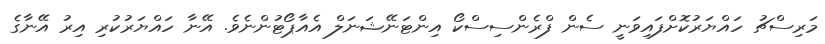
މަރިސްޗު ހައްޔަރުކޮށްފައިވަނީ ސެން ފްރެންސިސްކޯ އިންޓަނޭޝަނަލް އެއާޕޯޓުންނެވެ. އޭނާ ހައްޔަރުކުރި އިރު އޭނާގެ